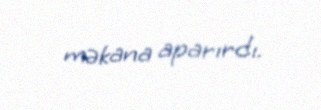
məkana aparırdı.